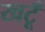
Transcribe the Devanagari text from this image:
खटूँ